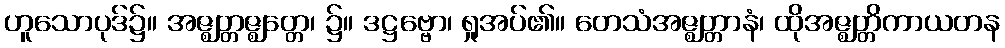
ဟူသောပုဒ်၌။ အဇ္ဈတ္တဇ္ဈတ္တေ၊ ၌။ ဒဋ္ဌဗ္ဗော၊ ရှုအပ်၏။ တေသံအဇ္ဈတ္တာနံ၊ ထိုအဇ္ဈတ္တိကာယတန